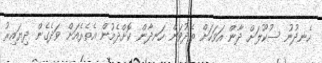
ހެނދުނު ސުކޫލަށް ދާން އަވަހަށް ތެދުވަން ހަނދާން ކޮށްދެމުން އެތެރެއަށް ވަދެގެން ދިޔައިރު